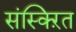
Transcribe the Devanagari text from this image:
संस्क्ऱित